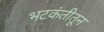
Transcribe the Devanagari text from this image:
भटकंतीतून